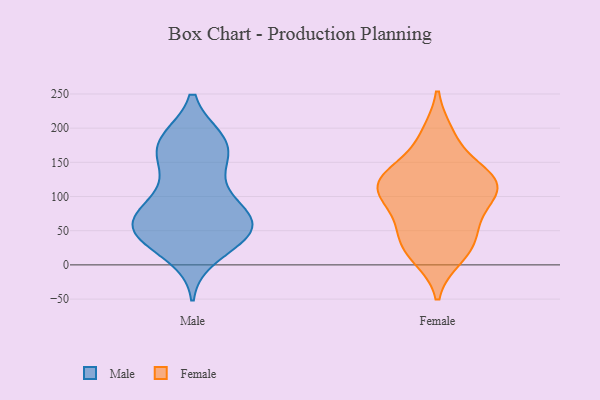
{"axis": {"x": "Market Share (%)", "y": "Value"}, "legend": ["Female", "Male"], "data": [{"x": "", "y": 76, "type": "Male"}, {"x": "", "y": 103, "type": "Male"}, {"x": "", "y": 182, "type": "Male"}, {"x": "", "y": 87, "type": "Male"}, {"x": "", "y": 67, "type": "Male"}, {"x": "", "y": 63, "type": "Male"}, {"x": "", "y": 69, "type": "Male"}, {"x": "", "y": 47, "type": "Male"}, {"x": "", "y": 47, "type": "Male"}, {"x": "", "y": 174, "type": "Male"}, {"x": "", "y": 64, "type": "Male"}, {"x": "", "y": 37, "type": "Male"}, {"x": "", "y": 171, "type": "Male"}, {"x": "", "y": 136, "type": "Male"}, {"x": "", "y": 37, "type": "Male"}, {"x": "", "y": 180, "type": "Male"}, {"x": "", "y": 15, "type": "Male"}, {"x": "", "y": 44, "type": "Male"}, {"x": "", "y": 146, "type": "Male"}, {"x": "", "y": 182, "type": "Male"}, {"x": "", "y": 12, "type": "Female"}, {"x": "", "y": 43, "type": "Female"}, {"x": "", "y": 107, "type": "Female"}, {"x": "", "y": 134, "type": "Female"}, {"x": "", "y": 127, "type": "Female"}, {"x": "", "y": 41, "type": "Female"}, {"x": "", "y": 191, "type": "Female"}, {"x": "", "y": 121, "type": "Female"}, {"x": "", "y": 18, "type": "Female"}, {"x": "", "y": 107, "type": "Female"}, {"x": "", "y": 72, "type": "Female"}, {"x": "", "y": 59, "type": "Female"}, {"x": "", "y": 129, "type": "Female"}, {"x": "", "y": 116, "type": "Female"}, {"x": "", "y": 99, "type": "Female"}, {"x": "", "y": 189, "type": "Female"}, {"x": "", "y": 98, "type": "Female"}, {"x": "", "y": 141, "type": "Female"}, {"x": "", "y": 22, "type": "Female"}]}